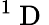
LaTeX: ^1\mathrm{~D~}